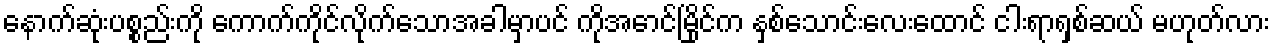
နောက်ဆုံးပစ္စည်းကို ကောက်ကိုင်လိုက်သောအခါမှာပင် ကိုအောင်မြိုင်က နှစ်သောင်းလေးထောင် ငါးရာရှစ်ဆယ် မဟုတ်လား